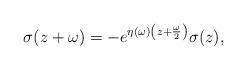
LaTeX: \begin{align*} \sigma(z + \omega) = - e^{\eta(\omega)\left(z + \frac{\omega}{2}\right)} \sigma (z),\end{align*}